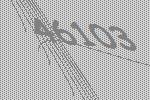
46103